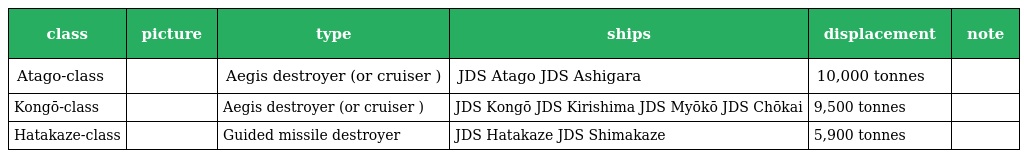
| class | picture | type | ships | displacement | note |
 | --- | --- | --- | --- | --- | --- |
 | Atago-class |  | Aegis destroyer (or cruiser ) | JDS Atago JDS Ashigara | 10,000 tonnes |  |
 | Kongō-class |  | Aegis destroyer (or cruiser ) | JDS Kongō JDS Kirishima JDS Myōkō JDS Chōkai | 9,500 tonnes |  |
 | Hatakaze-class |  | Guided missile destroyer | JDS Hatakaze JDS Shimakaze | 5,900 tonnes |  |